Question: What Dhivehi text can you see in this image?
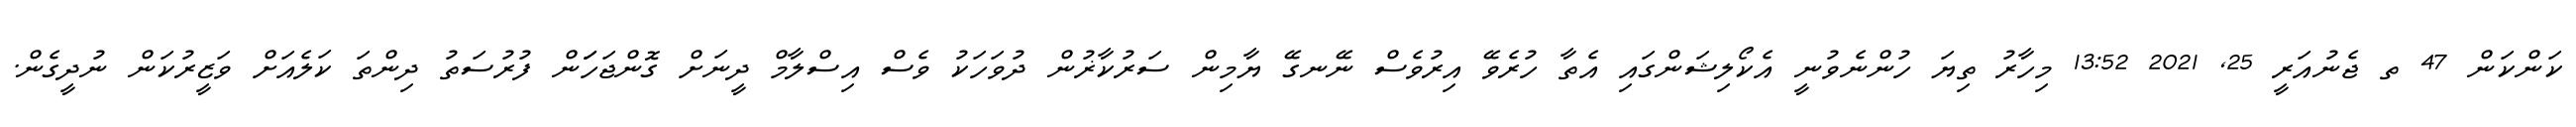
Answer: ކަންކަން 47 ތ ޖެނުއަރީ 25, 2021 13:52 މިހާރު ތިޔަ ހުންނެވުނީ އެކޯލިޝަންގައި އެތާ ހުރެވޭ އިރުވެސް ނޭނގޭ ޔާމިން ސަރުކާޜުން ދުވަހަކު ވެސް އިސްލާމް ދީނަށް ގޮންޖަހަަން ފުރުސަތު ދިންތަ ކަލެއަށް ވަޒީރުކަން ނުދީގެން.